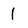
Character: l